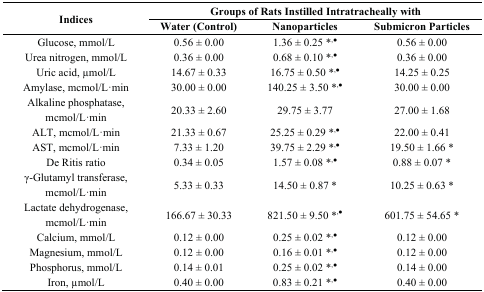
| <ROWSPAN=2> Indices | <COLSPAN=3> Groups of Rats Instilled Intratracheally with |
 | Water (Control) | Nanoparticles | Submicron Particles |
 | --- | --- | --- | --- |
 | Glucose, mmol/L | 0.56 ± 0.00 | 1.36 ± 0.25 *,● | 0.56 ± 0.00 |
 | Urea nitrogen, mmol/L | 0.36 ± 0.00 | 0.68 ± 0.10 *,● | 0.36 ± 0.00 |
 | Uric acid, μmol/L | 14.67 ± 0.33 | 16.75 ± 0.50 *,● | 14.25 ± 0.25 |
 | Amylase, mcmol/L·min | 30.00 ± 0.00 | 140.25 ± 3.50 *,● | 30.00 ± 0.00 |
 | Alkaline phosphatase, mcmol/L·min | 20.33 ± 2.60 | 29.75 ± 3.77 | 27.00 ± 1.68 |
 | ALT, mcmol/L·min | 21.33 ± 0.67 | 25.25 ± 0.29 *,● | 22.00 ± 0.41 |
 | AST, mcmol/L·min | 7.33 ± 1.20 | 39.75 ± 2.29 *,● | 19.50 ± 1.66 * |
 | De Ritis ratio | 0.34 ± 0.05 | 1.57 ± 0.08 *,● | 0.88 ± 0.07 * |
 | γ-Glutamyl transferase, mcmol/L·min | 5.33 ± 0.33 | 14.50 ± 0.87 * | 10.25 ± 0.63 * |
 | Lactate dehydrogenase, mcmol/L·min | 166.67 ± 30.33 | 821.50 ± 9.50 *,● | 601.75 ± 54.65 * |
 | Calcium, mmol/L | 0.12 ± 0.00 | 0.25 ± 0.02 *,● | 0.12 ± 0.00 |
 | Magnesium, mmol/L | 0.12 ± 0.00 | 0.16 ± 0.01 *,● | 0.12 ± 0.00 |
 | Phosphorus, mmol/L | 0.14 ± 0.01 | 0.25 ± 0.02 *,● | 0.14 ± 0.00 |
 | Iron, μmol/L | 0.40 ± 0.00 | 0.83 ± 0.21 *,● | 0.40 ± 0.00 |